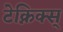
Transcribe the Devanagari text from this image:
टेक्निक्स्